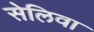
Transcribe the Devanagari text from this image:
सेलिवा